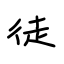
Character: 徒